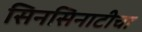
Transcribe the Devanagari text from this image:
सिनसिनाटीचा